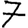
Digit: 7